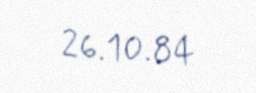
26.10.84